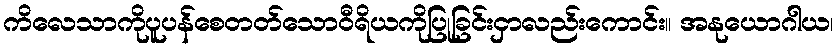
ကိလေသာကိုပူပန်စေတတ်သောဝီရိယကိုပြုခြင်းငှာလည်းကောင်း။ အနုယောဂါယ၊